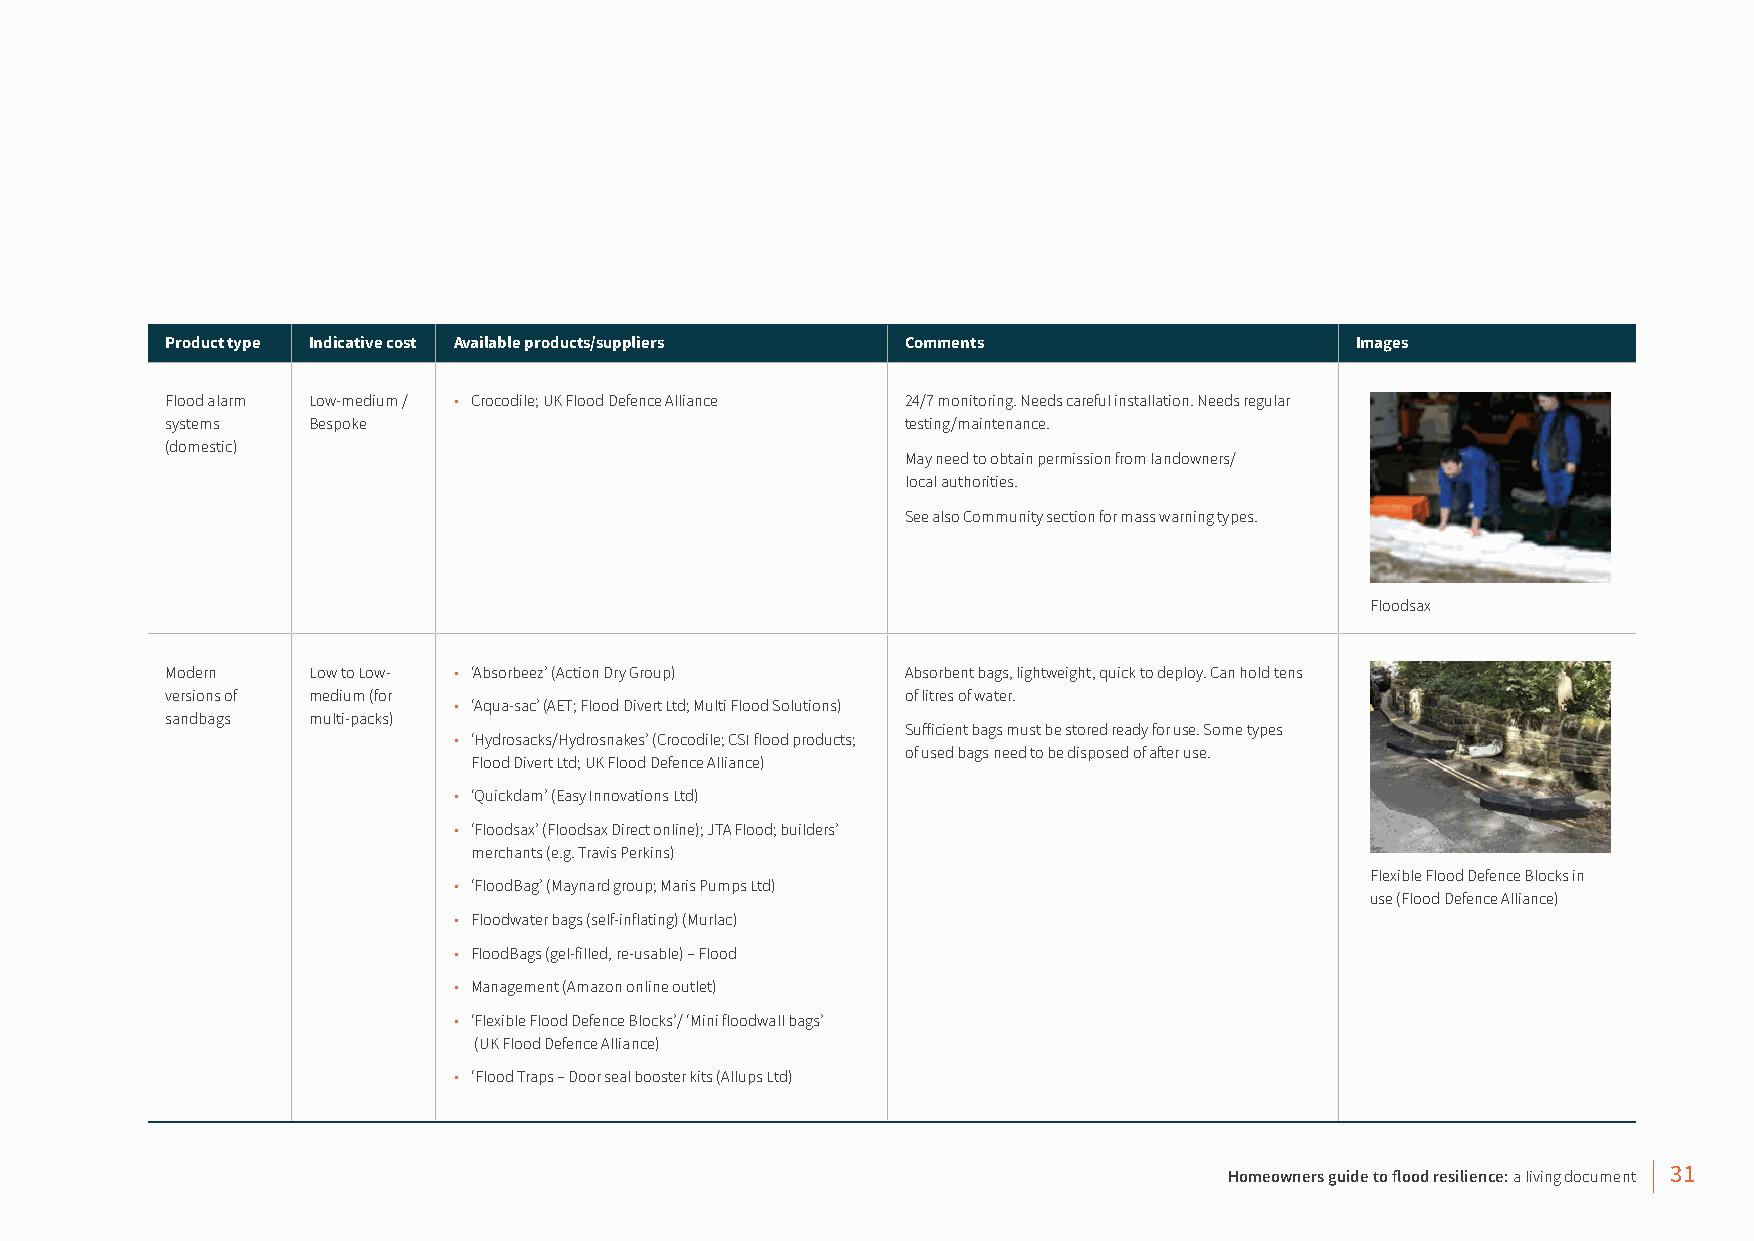
Product type Indicative cost Available products/suppliers Comments             Images
 Flood alarm Low-medium / • Crocodile; UK Flood Defence Alliance 24/7 monitoring. Needs careful installation. Needs regular
 systems  Bespoke                                 testing/maintenance.
 (domestic)
 May need to obtain permission from landowners/
 local authorities.
 See also Community section for mass warning types.
 Floodsax
 Modern   Low to Low- • ‘Absorbeez’ (Action Dry Group) Absorbent bags, lightweight, quick to deploy. Can hold tens
 versions of medium (for                          of litres of water.
 • ‘Aqua-sac’ (AET; Flood Divert Ltd; Multi Flood Solutions)
 sandbags multi-packs)
 Sufficient bags must be stored ready for use. Some types
 • ‘Hydrosacks/Hydrosnakes’ (Crocodile; CSI flood products;
 of used bags need to be disposed of after use.
 Flood Divert Ltd; UK Flood Defence Alliance)
 • ‘Quickdam’ (Easy Innovations Ltd)
 • ‘Floodsax’ (Floodsax Direct online); JTA Flood; builders’
 merchants (e.g. Travis Perkins)
 Flexible Flood Defence Blocks in
 • ‘FloodBag’ (Maynard group; Maris Pumps Ltd)
 use (Flood Defence Alliance)
 • Floodwater bags (self-inflating) (Murlac)
 • FloodBags (gel-filled, re-usable) – Flood
 • Management (Amazon online outlet)
 • ‘Flexible Flood Defence Blocks’/ ‘Mini floodwall bags’
 (UK Flood Defence Alliance)
 • ‘Flood Traps – Door seal booster kits (Allups Ltd)
 Homeowners guide to flood resilience: a living document 31